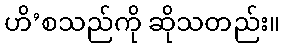
ဟိ’စသည်ကို ဆိုသတည်း။